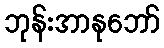
ဘုန်းအာနုဘော်